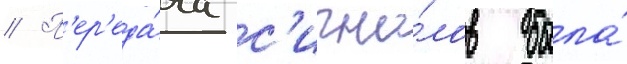
// П'ер'еда́ча с'игна́лов была́